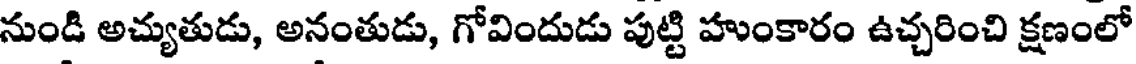
నుండి అచ్యుతుడు, అనంతుడు, గోవిందుడు పుట్టి హుంకారం ఉచ్చరించి క్షణంలో